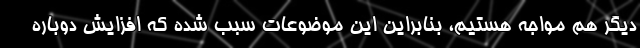
دیگر هم مواجه هستیم، بنابراین این موضوعات سبب شده که افزایش دوباره